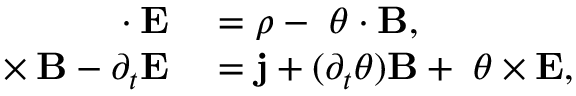
\begin{array} { r l } { \mathbf { \nabla } \cdot \mathbf { E } } & { { } = \rho - \mathbf { \nabla } \theta \cdot \mathbf { B } , } \\ { \mathbf { \nabla } \times \mathbf { B } - \partial _ { t } \mathbf { E } } & { { } = \mathbf { j } + ( \partial _ { t } \theta ) \mathbf { B } + \mathbf { \nabla } \theta \times \mathbf { E } , } \end{array}